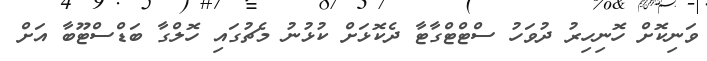
ވަނިކޮށް ހޮނިހިރު ދުވަހު ސްޓްޓްގާޓާ ދެކޮޅަށް ކުޅުނު މެޗުގައި ހޮލްގާ ބަޑްސްޓޫބާ އަށް